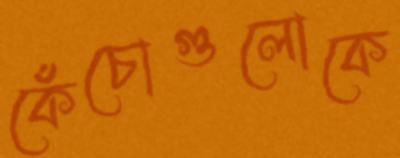
কেঁচোগুলোকে